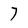
Character: 7